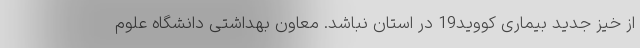
از خیز جدید بیماری کووید19 در استان نباشد. معاون بهداشتی دانشگاه علوم